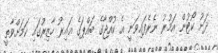
ދަށު ކޯޓުން އަމުރު ނެރެފައިވަނީ އެ ކުއްޖާގެ ބައްޕަގެ ޣައިރު ހާޒިރުގައި ކަމަށްވާތީ